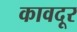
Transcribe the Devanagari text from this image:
कावदूर